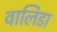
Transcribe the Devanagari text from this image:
वालिडा